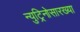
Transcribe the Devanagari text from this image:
न्युट्रिनोसारख्या